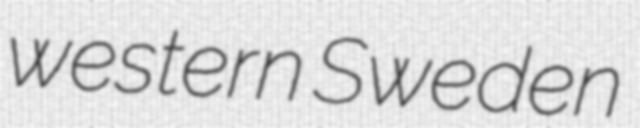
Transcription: western Sweden